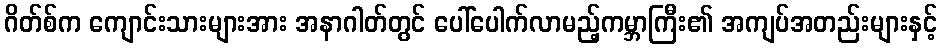
ဂိတ်စ်က ကျောင်းသားများအား အနာဂါတ်တွင် ပေါ်ပေါက်လာမည့်ကမ္ဘာကြီး၏ အကျပ်အတည်းများနှင့်